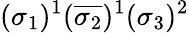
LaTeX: (\sigma_{1})^{1}(\overline{{\sigma_{2}}})^{1}(\sigma_{3})^{2}